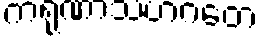
ကရုဏာသဟဂတေ